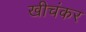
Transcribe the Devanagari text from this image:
खीचंकर